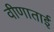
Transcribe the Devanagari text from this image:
वीणाताई